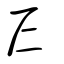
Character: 𡰥